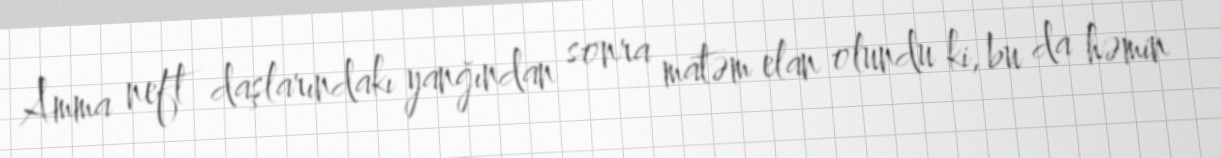
Amma neft daşlarındakı yanğından sonra matəm elan olundu ki, bu da həmin